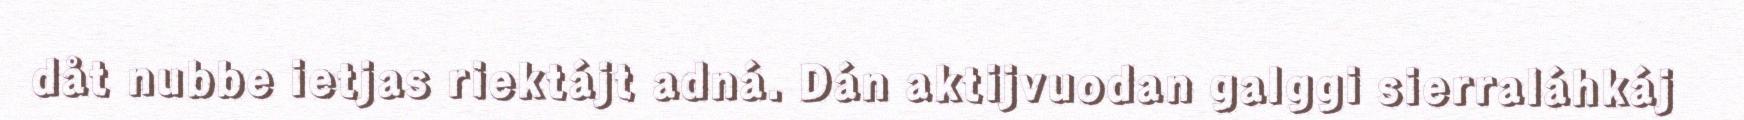
dåt nubbe ietjas riektájt adná. Dán aktijvuodan galggi sierraláhkáj